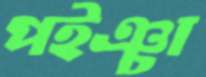
পইঞ্চা